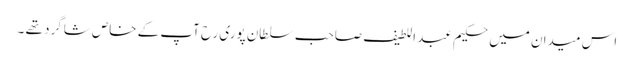
اس میدان میں حکیم عبد اللطیف صاحب سلطان پوری رح آپ کے خاص شاگرد تھے ۔